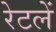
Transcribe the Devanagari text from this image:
रेटलें